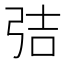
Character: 𭚬